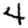
Digit: 4